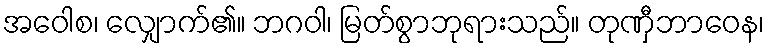
အဝေါစ၊ လျှောက်၏။ ဘဂဝါ၊ မြတ်စွာဘုရားသည်။ တုဏှီဘာဝေန၊